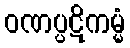
ဝဏပ္ပဋိကမ္မံ